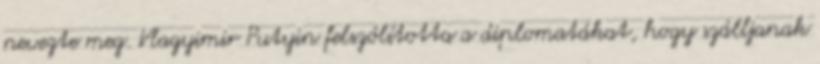
nevezte meg. Vlagyimir Putyin felszólította a diplomatákat, hogy szálljanak